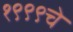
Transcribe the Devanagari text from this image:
१९९९चे